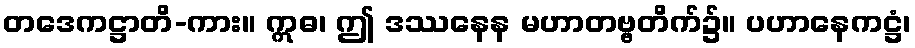
တဒေကဋ္ဌာတိ-ကား။ ဣဓ၊ ဤ ဒဿနေန မဟာတဗ္ဗတိက်၌။ ပဟာနေကဋ္ဌံ၊